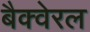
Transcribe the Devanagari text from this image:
बैक्वेरल